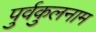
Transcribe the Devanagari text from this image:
पुर्वकुलनाम